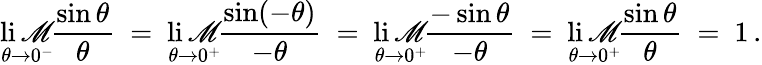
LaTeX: \operatorname*{li\mathscr{M}}_{\theta\to0^{-}}\! {\frac{{\sin\theta}}{{\theta}}}\ =\ \operatorname*{li\mathscr{M}}_{\theta\to0^{+}}\! {\frac{{\sin(-\theta)}}{{-\theta}}}\ =\ \operatorname*{li\mathscr{M}}_{\theta\to0^{+}}\! {\frac{{-\sin\theta}}{{-\theta}}}\ =\ \operatorname*{li\mathscr{M}}_{\theta\to0^{+}}\! {\frac{{\sin\theta}}{{\theta}}}\ =\ 1\, .